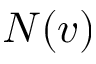
N ( v )